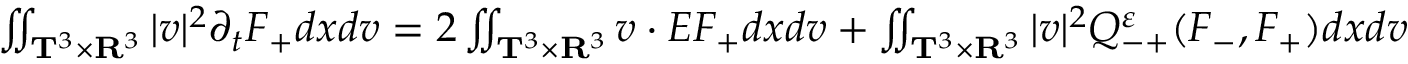
\begin{array} { r } { \iint _ { \mathbf T ^ { 3 } \times \mathbf R ^ { 3 } } | v | ^ { 2 } \partial _ { t } F _ { + } d x d v = 2 \iint _ { \mathbf T ^ { 3 } \times \mathbf R ^ { 3 } } v \cdot E F _ { + } d x d v + \iint _ { \mathbf T ^ { 3 } \times \mathbf R ^ { 3 } } | v | ^ { 2 } Q _ { - + } ^ { \varepsilon } ( F _ { - } , F _ { + } ) d x d v } \end{array}